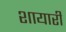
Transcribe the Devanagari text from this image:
शायारी